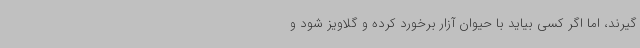
گیرند، اما اگر کسی بیاید با حیوان آزار برخورد کرده و گلاویز شود و